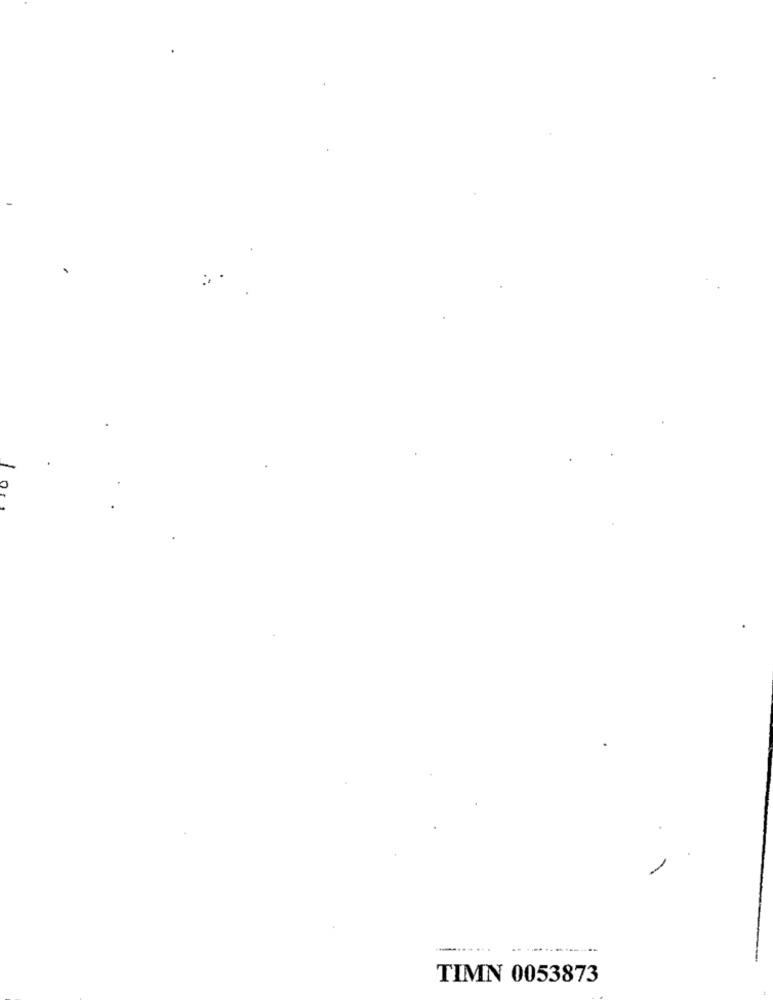
.........
TIMN 0053873